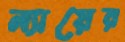
ন্যায়ের